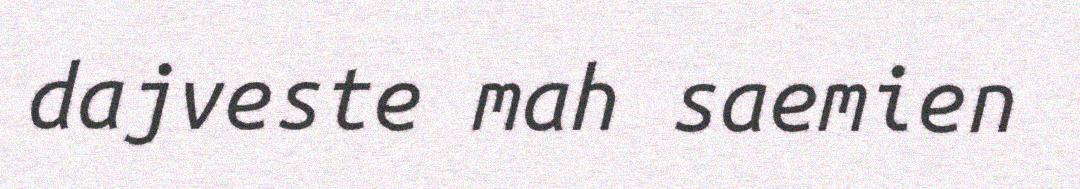
dajveste mah saemien